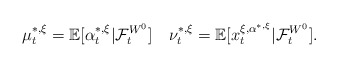
\begin{align*}\mu_t^{*,\xi}=\mathbb E[\alpha^{*,\xi}_t|\mathcal{F}_t^{W^0}]\quad\nu_t^{*,\xi}=\mathbb E[x_t^{\xi,\alpha^{*,\xi}}|\mathcal{F}_t^{W^0}].\end{align*}